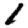
Digit: 1